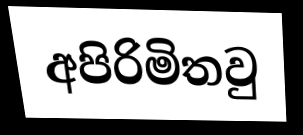
අපිරිමිතවු